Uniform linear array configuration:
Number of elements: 8
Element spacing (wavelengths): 0.75
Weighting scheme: binomial
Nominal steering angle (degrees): -60
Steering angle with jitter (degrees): -58.364
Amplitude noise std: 0.05
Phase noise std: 0.05

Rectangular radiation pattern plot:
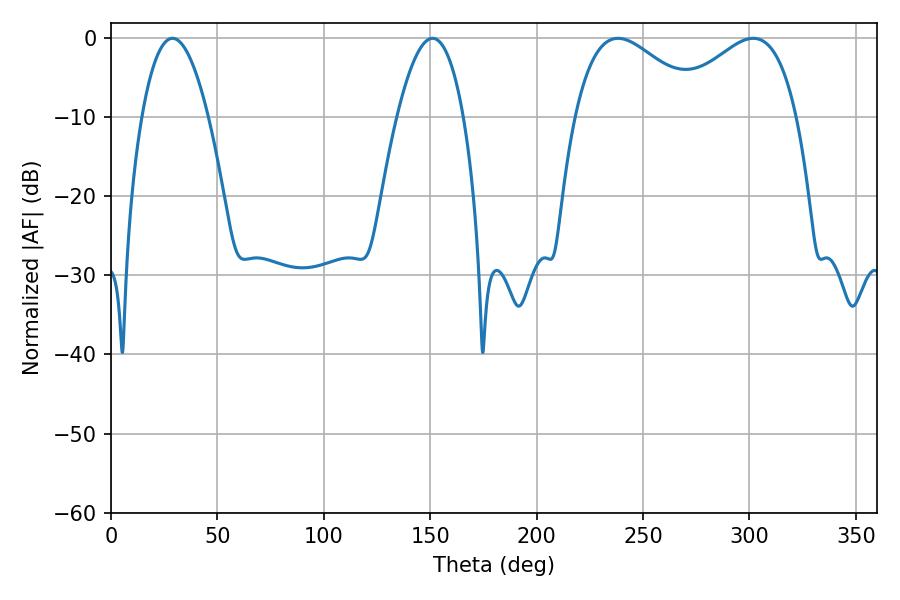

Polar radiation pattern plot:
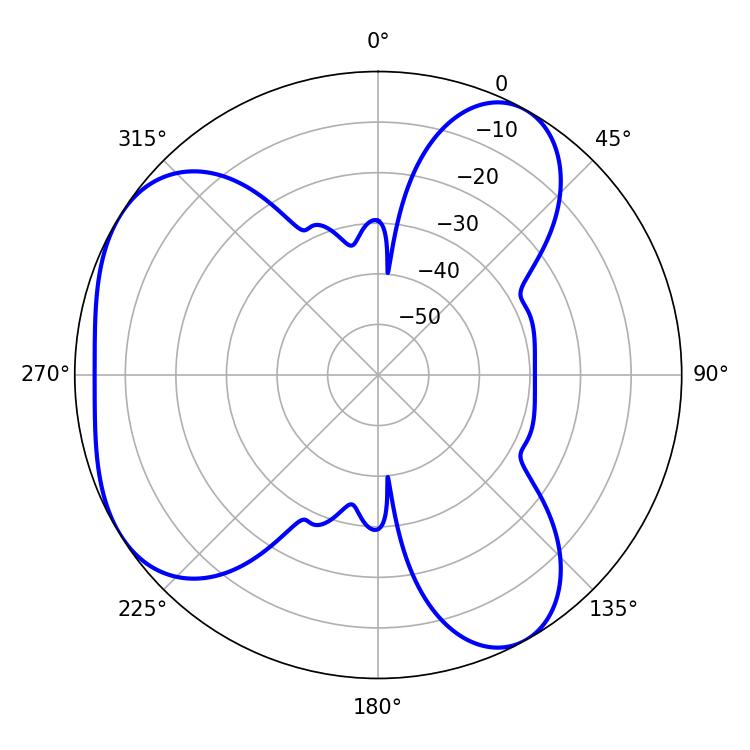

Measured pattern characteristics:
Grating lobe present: TRUE
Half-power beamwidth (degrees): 32.76
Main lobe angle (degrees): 301.86